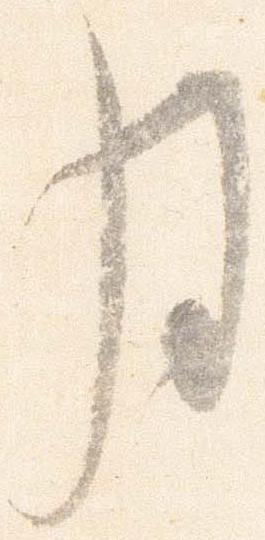
月